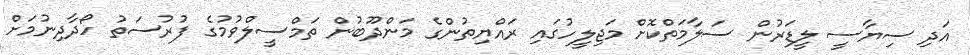
އަަދި ސިޔާސީ ލީޑަރުން ސަލާމަތްކޮށް މަޖިލީހުގައި ރައްޔިތުންގެ މަންދޫބުން ތަމްސީލްވުމުގެ ފުރުސަތު ހޯދާދިނުމަށް